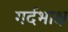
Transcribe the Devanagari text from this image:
गर्दभाक्ष